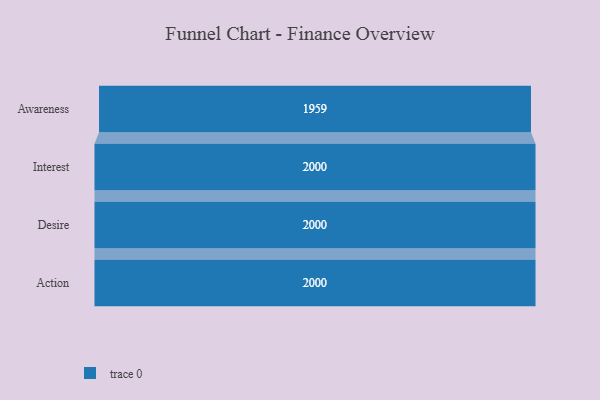
{"axis": {"x": "Stage", "y": "Value"}, "legend": [""], "data": [{"x": "Awareness", "y": 1959.0, "type": ""}, {"x": "Interest", "y": 2000, "type": ""}, {"x": "Desire", "y": 2000, "type": ""}, {"x": "Action", "y": 2000, "type": ""}]}